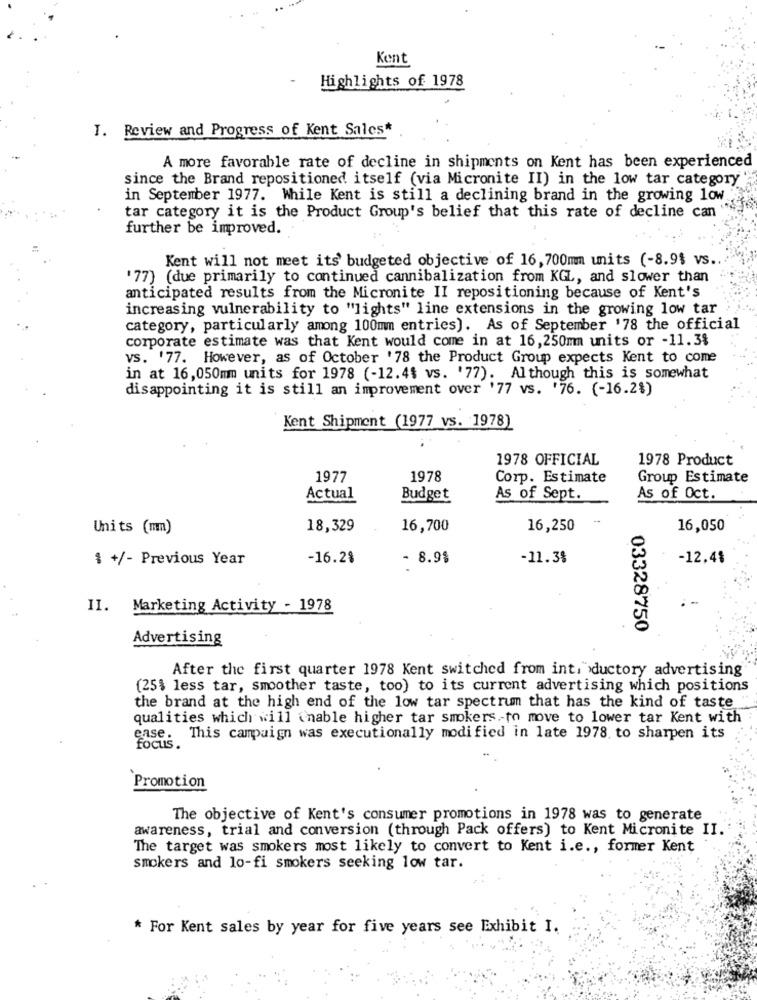
Kent
-
Highlights of 1978
I. Review and Progress of Kent Sales*
A more favorable rate of decline in shipments on Kent has been experienced
since the Brand repositioned itself (via Micronite II) in the low tar category
in September 1977. While Kent is still a declining brand in the growing low
tar category it is the Product Group's belief that this rate of decline can
further be improved.
Kent will not meet its' budgeted objective of 16, 700mm units (-8.9% vs.
'77) (due primarily to continued cannibalization from KGL, and slower than
anticipated results from the Micronite II repositioning because of Kent's
increasing vulnerability to "lights" line extensions in the growing low tar
category, particularly among 100mm entries). As of September '78 the official
corporate estimate was that Kent would come in at 16,250mm units or -11.38
vs. '77. However, as of October '78 the Product Group expects Kent to come
in at 16,050mm units for 1978 (-12.4$ vs. '77). Although this is somewhat
disappointing it is still an improvement over '77 vs. '76. (-16.2%)
Kent Shipment (1977 vs. 1978)
1978 OFFICIAL
1978 Product
1977
1978
Corp. Estimate
Group Estimate
Actual
Budget
As of Sept.
As of Oct.
Units (mm)
18,329
16,700
16,250
16,050
$ +/- Previous Year
-16.2%
- 8.9$
-11.38
-12.4$
11.
Marketing Activity - 1978
03328750
Advertising
After the first quarter 1978 Kent switched from inti ductory advertising
(25% less tar, smoother taste, too) to its current advertising which positions
the brand at the high end of the low tar spectrum that has the kind of taste
qualities which will enable higher tar smokers .- to move to lower tar Kent with
ease. This campaign was executionally modified in late 1978. to sharpen its
focus.
Promotion
The objective of Kent's consumer promotions in 1978 was to generate
awareness, trial and conversion (through Pack offers) to Kent Micronite II.
The target was smokers most likely to convert to Kent i.e ., former Kent
smokers and lo-fi smokers seeking low tar.
* For Kent sales by year for five years see Exhibit I.